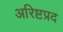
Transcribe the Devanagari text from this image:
अरिष्टप्रद